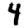
Digit: 4